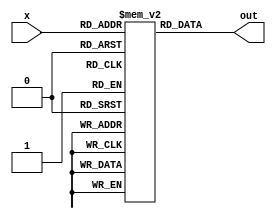
module test(x, out);
input [2:0]x;
output [3:0]out;
reg [3:0]r[7:0];

initial begin
r[0] = 4'd0;
r[1] = 4'd1;
r[2] = 4'd2;
r[3] = 4'd3;
r[4] = 4'd4;
r[5] = 4'd5;
r[6] = 4'd6;
r[7] = 4'd7;
end

assign out = r[x];

endmodule